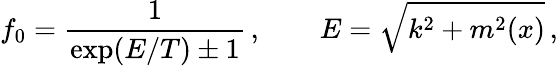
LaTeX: f_{0}=\frac{1}{\exp(E/T)\pm 1}\, ,\qquad E=\sqrt{k^{2}+m^{2}(x)}\, ,